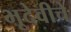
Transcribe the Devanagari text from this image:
भूदेवीचे